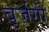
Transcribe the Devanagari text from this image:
बुर्ज़गी